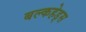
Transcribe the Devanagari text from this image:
बल्‍कहेड्स